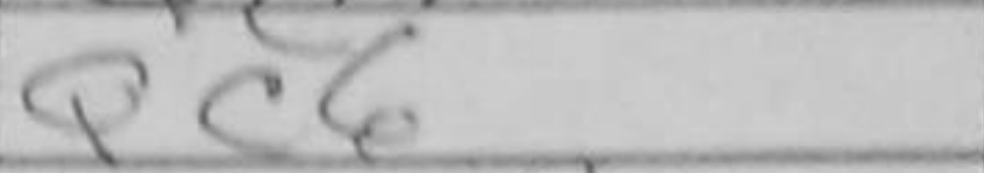
Transcription: Qc6